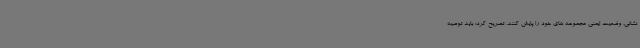
نشانی، وضعیت ایمنی مجموعه های خود را پایش کنند، تصریح کرد: باید توصیه